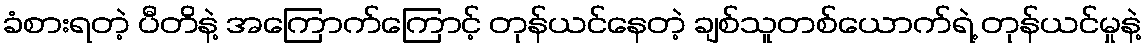
ခံစားရတဲ့ ပီတိနဲ့ အကြောက်ကြောင့် တုန်ယင်နေတဲ့ ချစ်သူတစ်ယောက်ရဲ့ တုန်ယင်မှုနဲ့